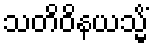
သတိဝိနယသ္မိံ